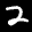
Label: 2